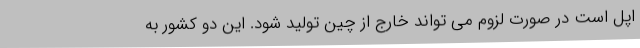
اپل است در صورت لزوم می تواند خارج از چین تولید شود. این دو کشور به